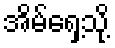
အိမ်ရှေ့သို့